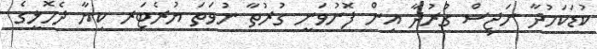
ކުޑަކަމުދާ ނަޖިސް ގުރުދާ އިން ފޮނުވަނީ ގުރުތާ ނުވަތަ ޔުރެޓަރ ކިޔާ ދެހޮޅީގެ